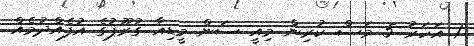
1 އަހަރު 5 މަސް ކުރިން މިއީ ސަން މީޑިއާ ގުރޫޕުގެ އުފެއްދުމެއް.